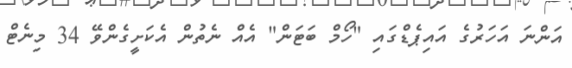
އަންނަ އަހަރުގެ އައިޕެޑްގައި "ހޯމް ބަޓަން" އެއް ނެތުން އެކަށީގެންވޭ 34 މިނެޓް